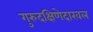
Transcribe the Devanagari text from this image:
गुरुदक्षिणेदाखल